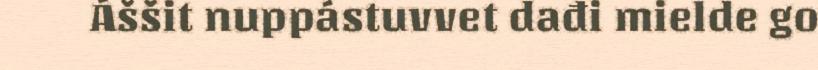
Áššit nuppástuvvet dađi mielde go